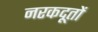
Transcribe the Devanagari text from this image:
नरकदूतों